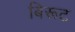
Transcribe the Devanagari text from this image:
बिरूट